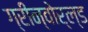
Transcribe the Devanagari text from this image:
ग्रीन्वोर्ल्ड